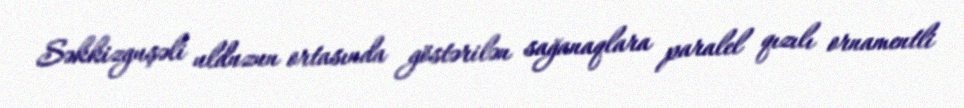
Səkkizguşəli ulduzun ortasında göstərilən sağanaqlara paralel qızılı ornamentli